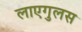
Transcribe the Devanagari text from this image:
लाएगुलस